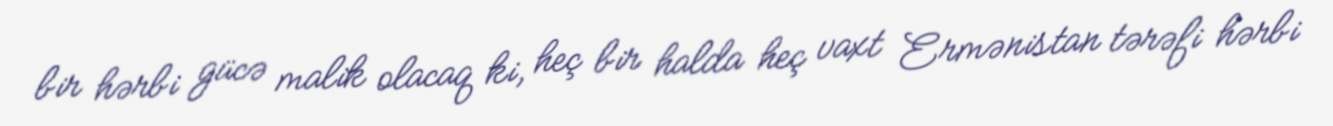
bir hərbi gücə malik olacaq ki, heç bir halda heç vaxt Ermənistan tərəfi hərbi